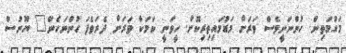
މަގުމަތިން. ހުންނަނީވެސް ވަރަށް މަޑުމައިތިރިކޮށް. ހީވަނީ ކަމަކާ ވަރަށް ދެރަވެފަ ހުންނަހެން" ޔޫނުސް